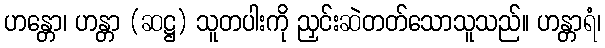
ဟန္တော၊ ဟန္တာ (ဆဋ္ဌ) သူတပါးကို ညှင်းဆဲတတ်သောသူသည်။ ဟန္တာရံ၊